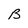
Character: B